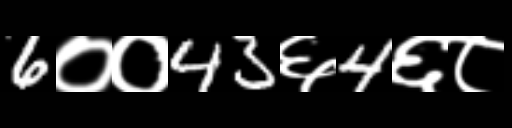
Text: 6००43६4६८